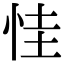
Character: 㤬